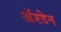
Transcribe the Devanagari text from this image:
ॲश्डेन